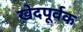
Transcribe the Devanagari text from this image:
खेदपूर्वक